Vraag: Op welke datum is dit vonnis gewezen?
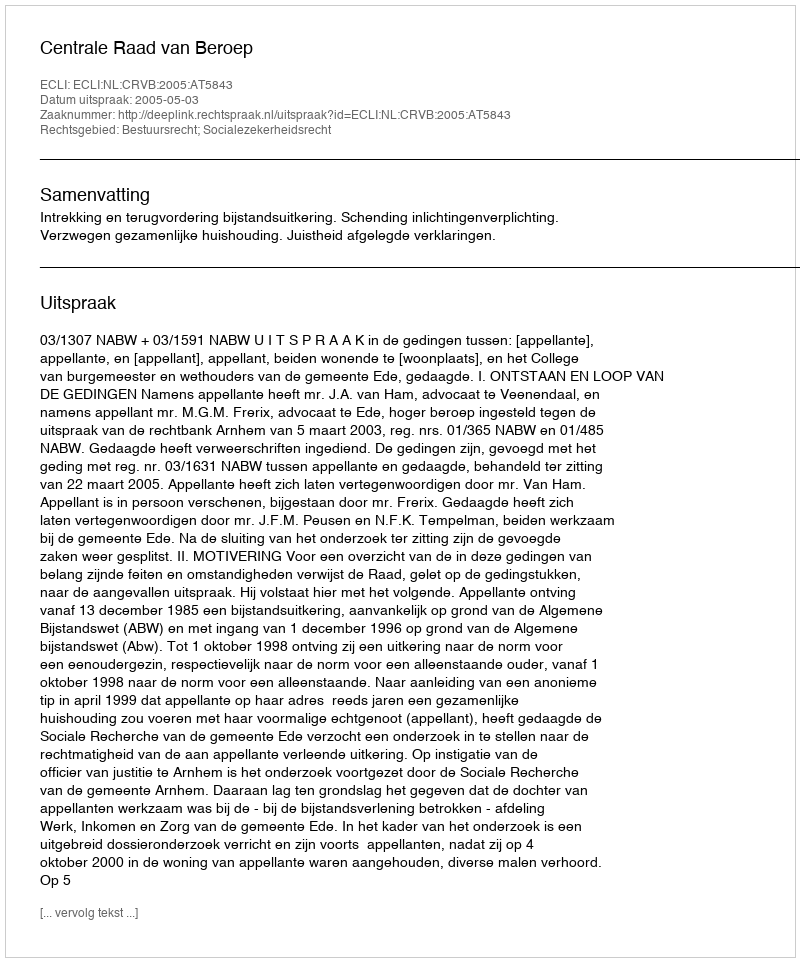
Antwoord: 2005-05-03